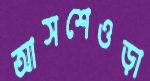
আসশেওড়া